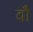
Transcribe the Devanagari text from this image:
वॉै